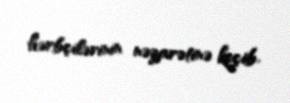
hərbçilərinin nəzarətinə keçib.